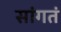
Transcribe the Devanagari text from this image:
सांगतं